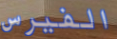
الفيرس